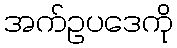
အက်ဥပဒေကို